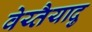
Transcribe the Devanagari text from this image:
वेय्तैयादु